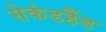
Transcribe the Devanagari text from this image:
सेकंडहैंड